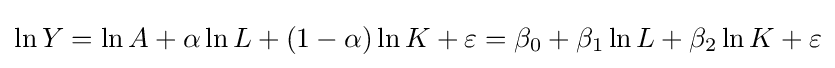
\ln Y=\ln A+\alpha \ln L+(1-\alpha )\ln K+\varepsilon =\beta _{0}+\beta _{1}\ln L+\beta _{2}\ln K+\varepsilon